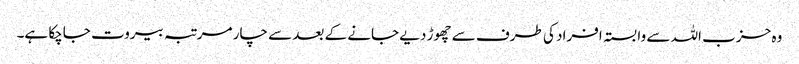
وہ حزب اللہ سے وابستہ افراد کی طرف سے چھوڑ دیے جانے کے بعد سے چار مرتبہ بیروت جاچکا ہے۔